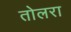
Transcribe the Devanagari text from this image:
तोलरा